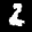
Label: 2